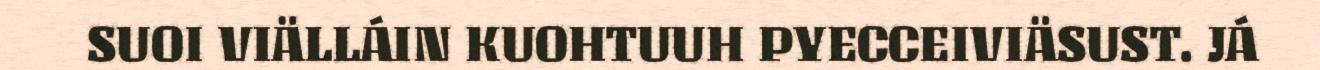
SUOI VIÄLLÁIN KUOHTUUH PYECCEIVIÄSUST. JÁ